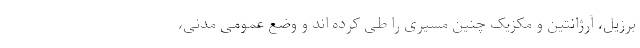
برزیل، آرژانتین و مکزیک چنین مسیری را طی کرده­ اند و وضع عمومی مدنی،